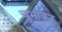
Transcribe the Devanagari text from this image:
चुभाकर